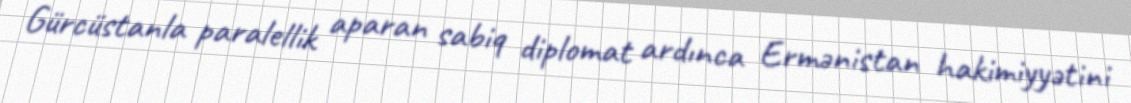
Gürcüstanla paralellik aparan sabiq diplomat ardınca Ermənistan hakimiyyətini